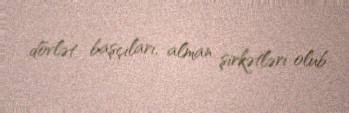
dövlət başçıları, alman şirkətləri olub.